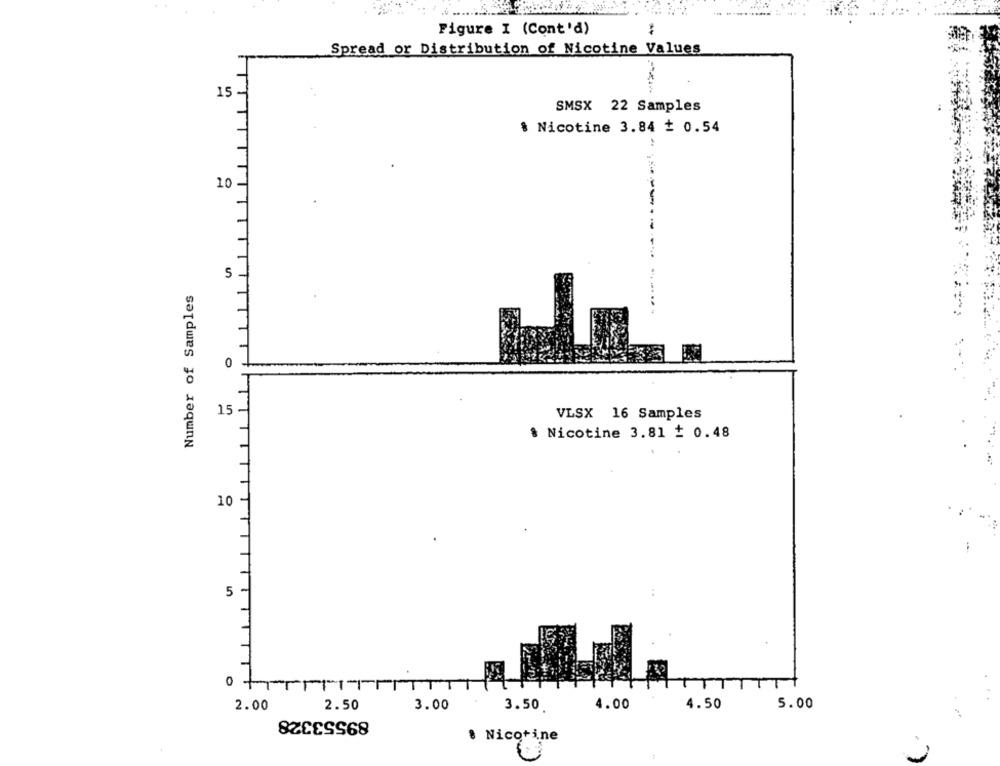
Figure I (Cont'd)
-
Spread or Distribution of Nicotine Values
15 -
SMSX 22 Samples
$ Nicotine 3.84 + 0.54
10 -
Number of Samples
0
15-
VLSX 16 Samples
& Nicotine 3.81 1 0.48
10
5 -
0+
T
2.00
3.00
3.50
4.00
4.50
5.00
2.50
89553328
8 Nicotine